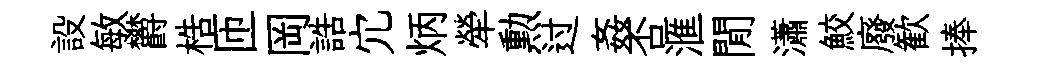
設敏欝梏匝岡誥宂炳犖勲过姦否滙閒瀟鮫廢歓捧